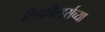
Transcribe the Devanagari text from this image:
शिपबिल्डर्सच्या